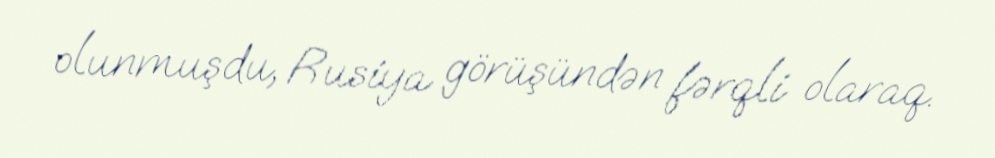
olunmuşdu, Rusiya görüşündən fərqli olaraq.